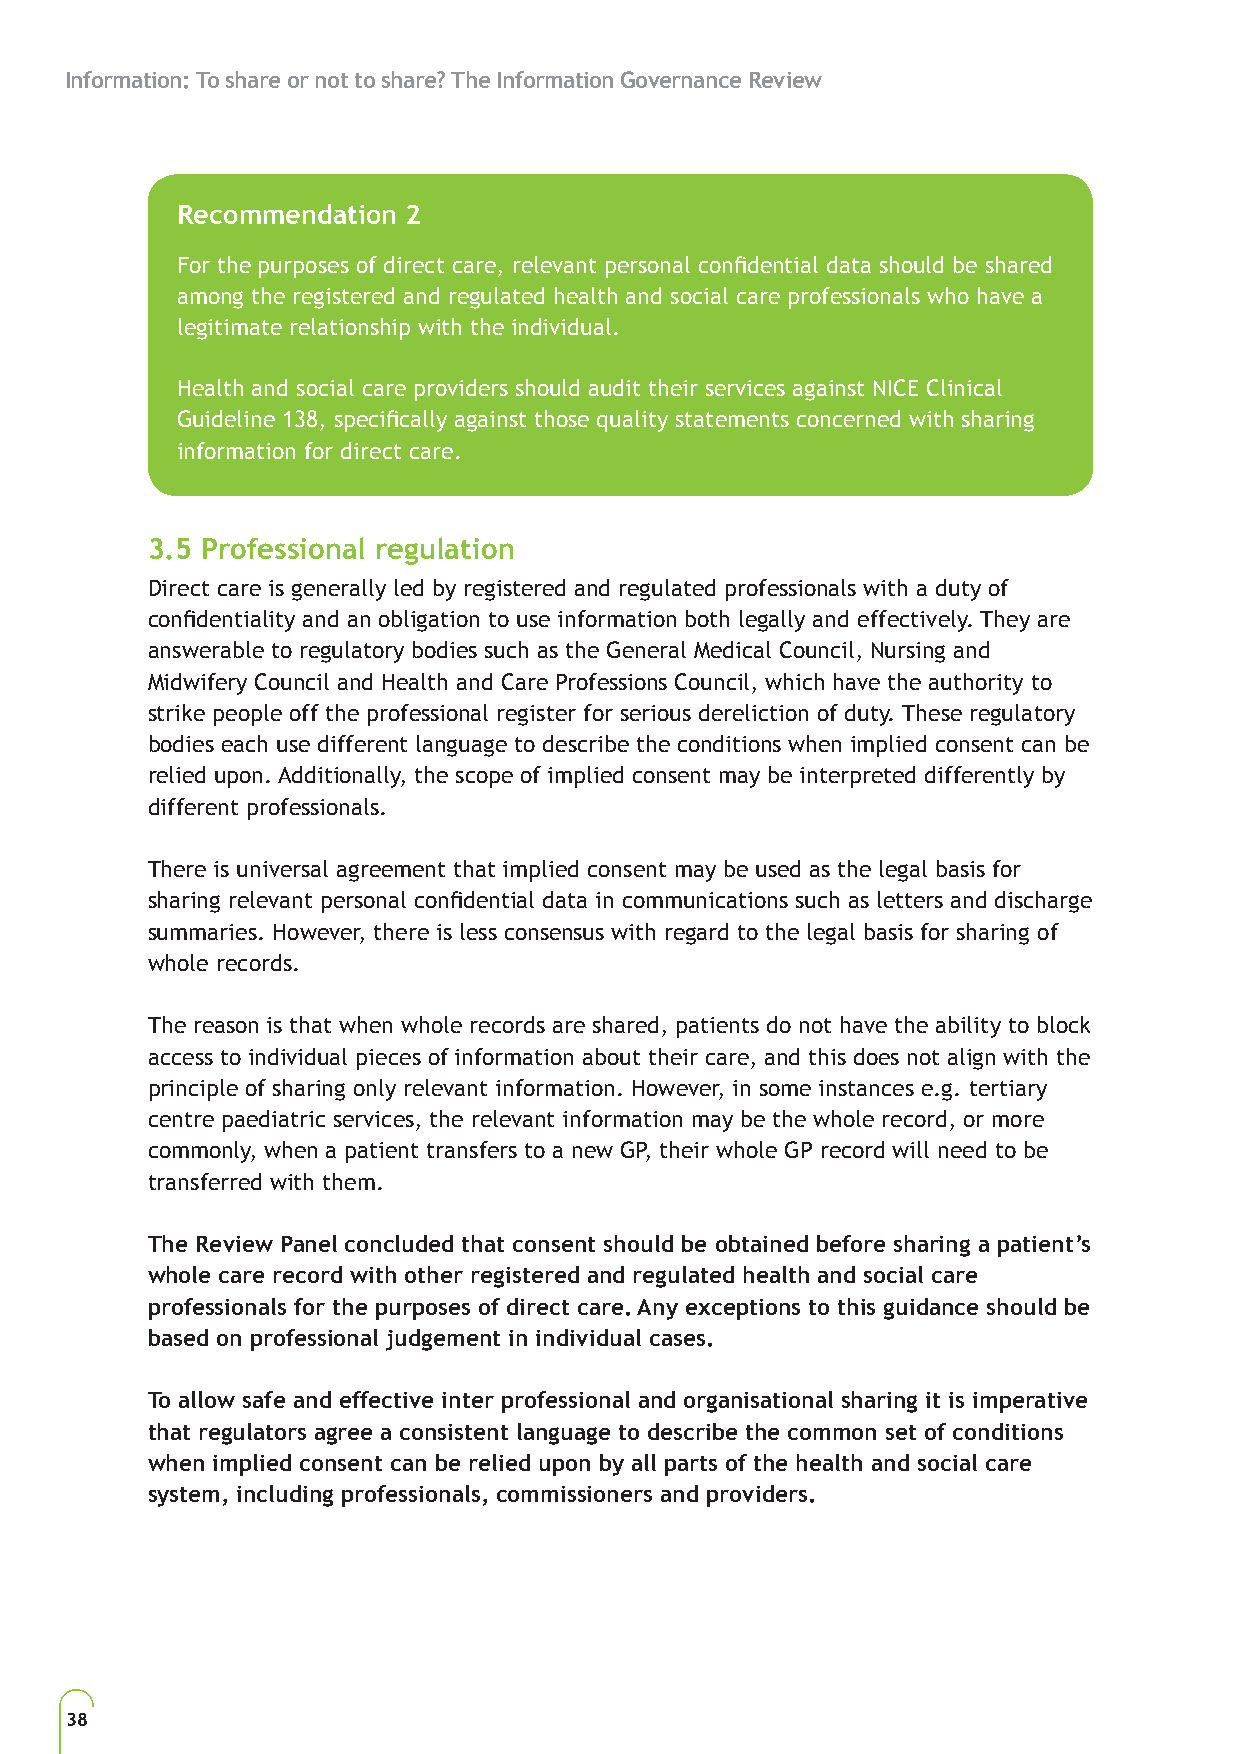
Information: To share or not to share? The Information Governance Review
 Recommendation 2
 For the purposes of direct care, relevant personal confidential data should be shared
 among the registered and regulated health and social care professionals who have a
 legitimate relationship with the individual.
 Health and social care providers should audit their services against NICE Clinical
 Guideline 138, specifically against those quality statements concerned with sharing
 information for direct care.
 3.5 Professional regulation
 Direct care is generally led by registered and regulated professionals with a duty of
 confidentiality and an obligation to use information both legally and effectively. They are
 answerable to regulatory bodies such as the General Medical Council, Nursing and
 Midwifery Council and Health and Care Professions Council, which have the authority to
 strike people off the professional register for serious dereliction of duty. These regulatory
 bodies each use different language to describe the conditions when implied consent can be
 relied upon. Additionally, the scope of implied consent may be interpreted differently by
 different professionals.
 There is universal agreement that implied consent may be used as the legal basis for
 sharing relevant personal confidential data in communications such as letters and discharge
 summaries. However, there is less consensus with regard to the legal basis for sharing of
 whole records.
 The reason is that when whole records are shared, patients do not have the ability to block
 access to individual pieces of information about their care, and this does not align with the
 principle of sharing only relevant information. However, in some instances e.g. tertiary
 centre paediatric services, the relevant information may be the whole record, or more
 commonly, when a patient transfers to a new GP, their whole GP record will need to be
 transferred with them.
 The Review Panel concluded that consent should be obtained before sharing a patient’s
 whole care record with other registered and regulated health and social care
 professionals for the purposes of direct care. Any exceptions to this guidance should be
 based on professional judgement in individual cases.
 To allow safe and effective inter professional and organisational sharing it is imperative
 that regulators agree a consistent language to describe the common set of conditions
 when implied consent can be relied upon by all parts of the health and social care
 system, including professionals, commissioners and providers.
 38